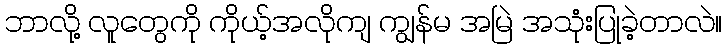
ဘာလို့ လူတွေကို ကိုယ့်အလိုကျ ကျွန်မ အမြဲ အသုံးပြုခဲ့တာလဲ။